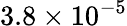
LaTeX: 3.8\times 10^{-5}